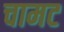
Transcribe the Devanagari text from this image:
चामट